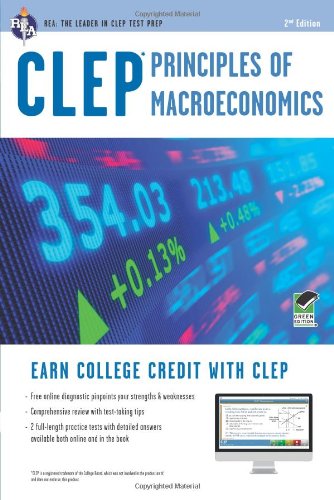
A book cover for CLEPÂ® Principles of Macroeconomics Book + Online (CLEP Test Preparation); Richard Sattora; Test Preparation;